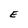
Character: E